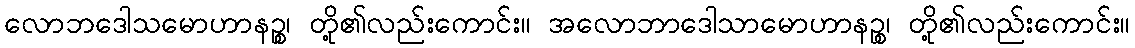
လောဘဒေါသမောဟာနဉ္စ၊ တို့၏လည်းကောင်း။ အလောဘာဒေါသာမောဟာနဉ္စ၊ တို့၏လည်းကောင်း။